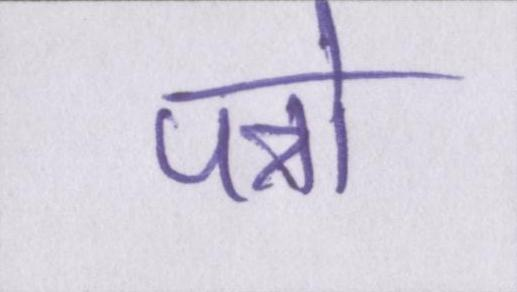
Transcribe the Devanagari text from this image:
पत्रो